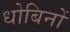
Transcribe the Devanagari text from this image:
धोबिनों